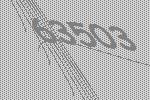
63503